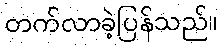
တက်လာခဲ့ပြန်သည်။